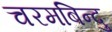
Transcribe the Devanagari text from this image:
चरमबिन्दु